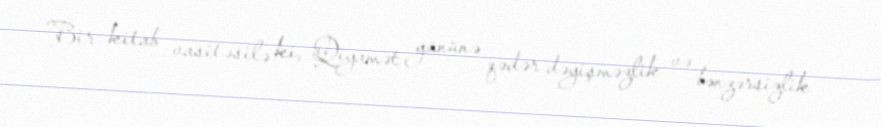
Bir kitab vasitəsilə ki, Qiyamət gününə qədər dəyişməzlik və bənzərsizlik